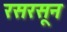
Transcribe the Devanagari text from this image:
रसरसून